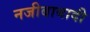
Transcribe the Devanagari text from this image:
नजीबाबादी